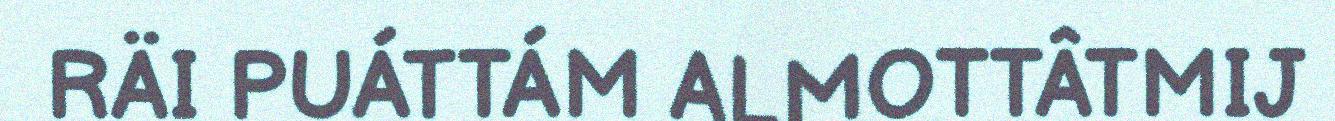
RÄI PUÁTTÁM ALMOTTÂTMIJ